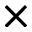
\times